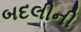
બદલીની